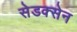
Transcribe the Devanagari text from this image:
सेडक्सेन